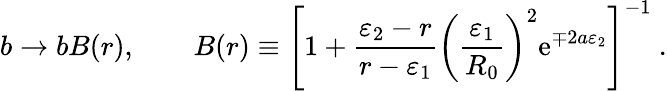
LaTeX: b\rightarrow bB(r),\qquad B(r)\equiv\left[1+{\frac{\varepsilon_{2}-r}{r-\varepsilon_{1}}}\left({\frac{\varepsilon_{1}}{R_{0}}}\right)^{2}\mathrm{e}^{\mp 2a\varepsilon_{2}}\right]^{-1}~.